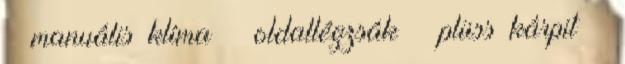
– manuális klíma – oldallégzsák – plüss kárpit –